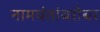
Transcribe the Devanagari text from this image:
नामवंतांबरोबर